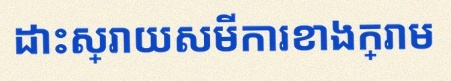
ដោះស្រាយសមីការខាងក្រោម